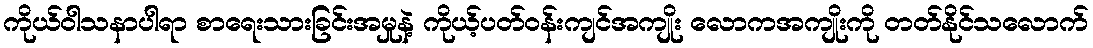
ကိုယ်ဝါသနာပါရာ စာရေးသားခြင်းအမှုနဲ့ ကိုယ့်ပတ်ဝန်းကျင်အကျိုး လောကအကျိုးကို တတ်နိုင်သလောက်